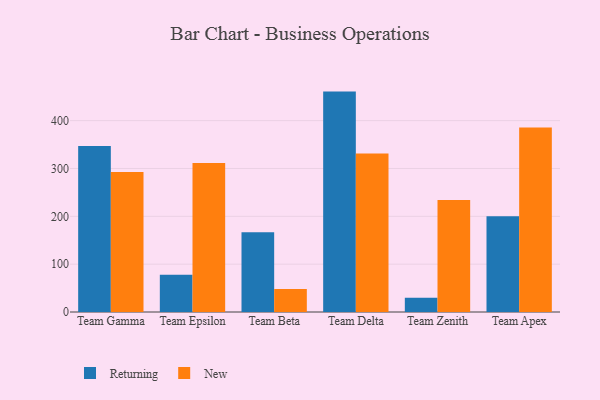
{"axis": {"x": "Team", "y": "Revenue (USD Million)"}, "legend": ["New", "Returning"], "data": [{"x": "Team Gamma", "y": 347.0, "type": "Returning"}, {"x": "Team Gamma", "y": 292.5, "type": "New"}, {"x": "Team Epsilon", "y": 77.9, "type": "Returning"}, {"x": "Team Epsilon", "y": 311.6, "type": "New"}, {"x": "Team Beta", "y": 166.6, "type": "Returning"}, {"x": "Team Beta", "y": 48.3, "type": "New"}, {"x": "Team Delta", "y": 460.7, "type": "Returning"}, {"x": "Team Delta", "y": 331.4, "type": "New"}, {"x": "Team Zenith", "y": 29.6, "type": "Returning"}, {"x": "Team Zenith", "y": 234.1, "type": "New"}, {"x": "Team Apex", "y": 200.1, "type": "Returning"}, {"x": "Team Apex", "y": 385.6, "type": "New"}]}